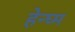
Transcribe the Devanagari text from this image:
हेन्घ्म